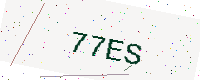
Text: 77ES